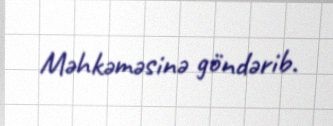
Məhkəməsinə göndərib.